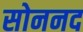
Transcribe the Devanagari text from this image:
सोननद